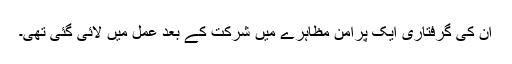
ان کی گرفتاری ایک پرامن مظاہرے میں شرکت کے بعد عمل میں لائی گئی تھی۔